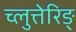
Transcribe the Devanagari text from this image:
च्लुत्तेरिङ्